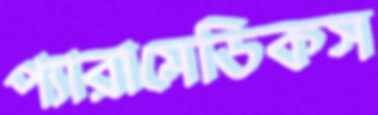
প্যারামেডিকস